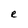
Character: e